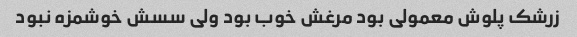
زرشک پلوش معمولی بود مرغش خوب بود ولی سسش خوشمزه نبود